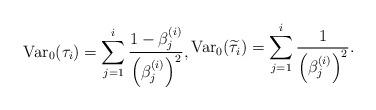
LaTeX: \begin{align*} \textnormal{Var}_0(\tau_i)=\sum_{j=1}^i\frac{1-\beta^{(i)}_j}{\left(\beta^{(i)}_j\right)^2},\begin{aligned} \textnormal{Var}_0(\widetilde{\tau}_i)=\sum_{j=1}^i\frac{1}{\left(\beta^{(i)}_j\right)^2}.\end{aligned}\end{align*}